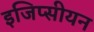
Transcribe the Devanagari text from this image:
इजिप्सीयन